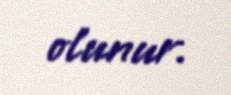
olunur.